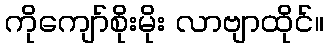
ကိုကျော်စိုးမိုး လာဗျာထိုင်။